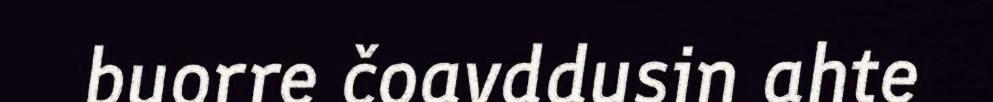
buorre čoavddusin ahte